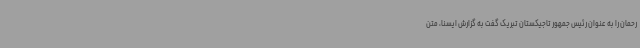
رحمان را به عنوان رئیس جمهور تاجیکستان تبریک گفت به گزارش ایسنا، متن